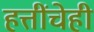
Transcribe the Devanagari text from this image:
हत्तींचेही